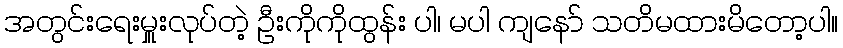
အတွင်းရေးမှူးလုပ်တဲ့ ဦးကိုကိုထွန်း ပါ၊ မပါ ကျနော် သတိမထားမိတော့ပါ။